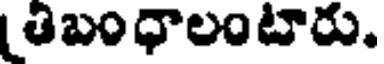
తిబంధాలంటారు.